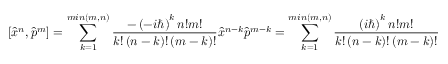
\left[ { \hat { x } } ^ { n } , { \hat { p } } ^ { m } \right] = \sum _ { k = 1 } ^ { m i n \left( m , n \right) } { { \frac { - \left( - i \hbar \right) ^ { k } n ! m ! } { k ! \left( n - k \right) ! \left( m - k \right) ! } } { \hat { x } } ^ { n - k } { \hat { p } } ^ { m - k } } = \sum _ { k = 1 } ^ { m i n \left( m , n \right) } { { \frac { \left( i \hbar \right) ^ { k } n ! m ! } { k ! \left( n - k \right) ! \left( m - k \right) ! } } { \hat { p } } ^ { m - k } { \hat { x } } ^ { n - k } }